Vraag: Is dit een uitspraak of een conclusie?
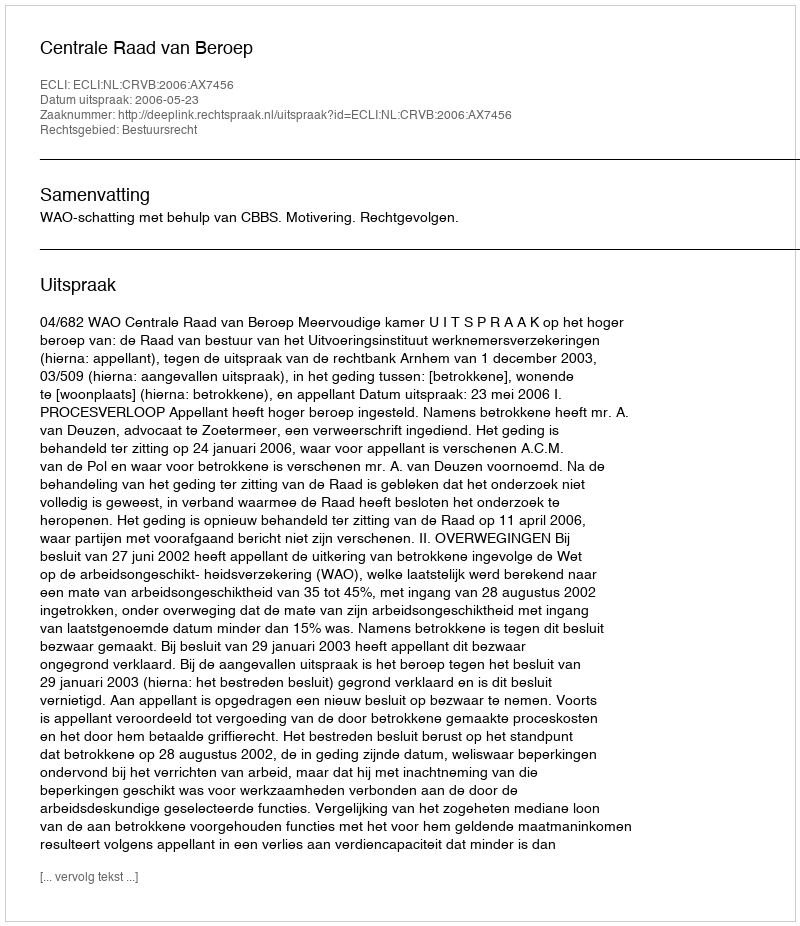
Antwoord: Uitspraak